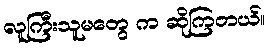
လူကြီးသူမတွေ က ဆိုကြတယ်။